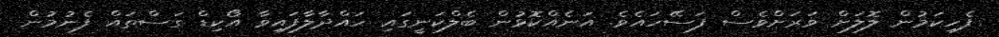
ފެހިކަމުން ލޮލަށް ވަރަށްވެސް ފަސޭހައެވެ. އަނެއްކޮޅުން ބެލްކަނީގައި ހައްދާލާފައިވާ އޯކިޑް ގަސްތައް ފެނުމުން